Annual administration report of the Civil Veterinary Department of India - 1909-1910
Year: 1909
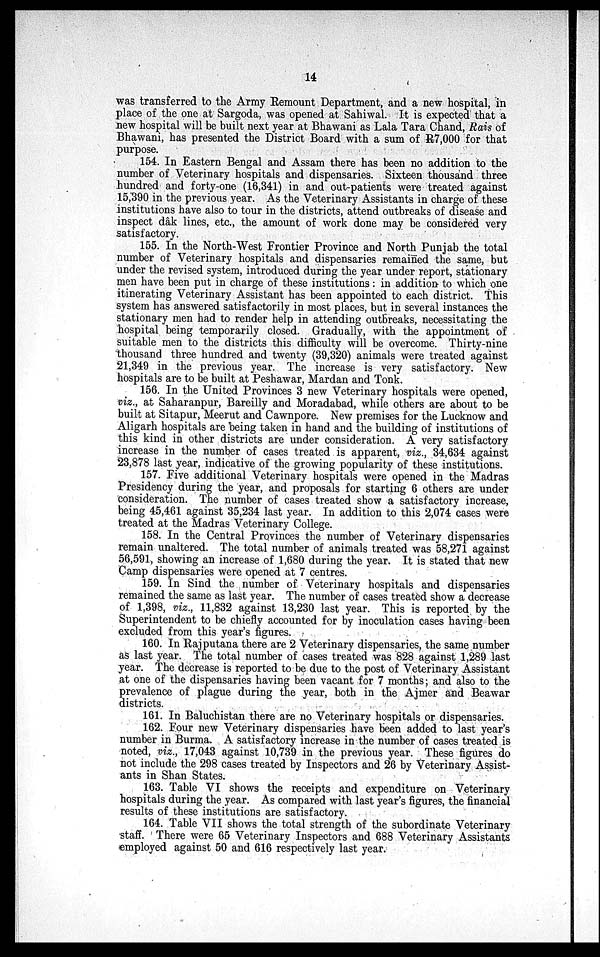
14
was transferred to the Army Remount Department, and a new hospital, in
place of the one at Sargoda, was opened at Sahiwal. It is expected that a
new hospital will be built next year at Bhawani as Lala Tara Chand, Rais of
Bhawani, has presented the District Board with a sum of R7,000 for that
purpose.
154. In Eastern Bengal and Assam there has been no addition to the
number of Veterinary hospitals and dispensaries. Sixteen thousand three
hundred and forty-one (16,341) in and out-patients were treated against
15,390 in the previous year. As the Veterinary Assistants in charge of these
institutions have also to tour in the districts, attend outbreaks of disease and
inspect dâk lines, etc., the amount of work done may be considered very
satisfactory.
155. In the North-West Frontier Province and North Punjab the total
number of Veterinary hospitals and dispensaries remained the same, but
under the revised system, introduced during the year under report, stationary
men have been put in charge of these institutions: in addition to which one
itinerating Veterinary Assistant has been appointed to each district. This
system has answered satisfactorily in most places, but in several instances the
stationary men had to render help in attending outbreaks, necessitating the
hospital being temporarily closed. Gradually, with the appointment of
suitable men to the districts this difficulty will be overcome. Thirty-nine
thousand three hundred and twenty (39,320) animals were treated against
21,349 in the previous year. The increase is very satisfactory. New
hospitals are to be built at Peshawar, Mardan and Tonk.
156. In the United Provinces 3 new Veterinary hospitals were opened,
viz., at Saharanpur, Bareilly and Moradabad, while others are about to be
built at Sitapur, Meerut and Cawnpore. New premises for the Lucknow and
Aligarh hospitals are being taken in hand and the building of institutions of
this kind in other districts are under consideration. A very satisfactory
increase in the number of cases treated is apparent, viz., 34,634 against
23,878 last year, indicative of the growing popularity of these institutions.
157. Five additional Veterinary hospitals were opened in the Madras
Presidency during the year, and proposals for starting 6 others are under
consideration. The number of cases treated show a satisfactory increase,
being 45,461 against 35,234 last year. In addition to this 2,074 cases were
treated at the Madras Veterinary College.
158. In the Central Provinces the number of Veterinary dispensaries
remain unaltered. The total number of animals treated was 58,271 against
56,591, showing an increase of 1,680 during the year. It is stated that new
Camp dispensaries were opened at 7 centres.
159. In Sind the number of Veterinary hospitals and dispensaries
remained the same as last year. The number of cases treated show a decrease
of 1,398, viz., 11,832 against 13,230 last year. This is reported by the
Superintendent to be chiefly accounted for by inoculation cases having been
excluded from this year's figures.
160. In Rajputana there are 2 Veterinary dispensaries, the same number
as last year. The total number of cases treated was 828 against 1,289 last
year. The decrease is reported to be due to the post of Veterinary Assistant
at one of the dispensaries having been vacant for 7 months; and also to the
prevalence of plague during the year, both in the Ajmer and Beawar
districts.
161. In Baluchistan there are no Veterinary hospitals or dispensaries.
162. Four new Veterinary dispensaries have been added to last year's
number in Burma. A satisfactory increase in the number of cases treated is
noted, viz., 17,043 against 10,739 in the previous year. These figures do
not include the 298 cases treated by Inspectors and 26 by Veterinary Assist-
ants in Shan States.
163. Table VI shows the receipts and expenditure on Veterinary
hospitals during the year. As compared with last year's figures, the financial
results of these institutions are satisfactory.
164. Table VII shows the total strength of the subordinate Veterinary
staff. There were 65 Veterinary Inspectors and 688 Veterinary Assistants
employed against 50 and 616 respectively last year.